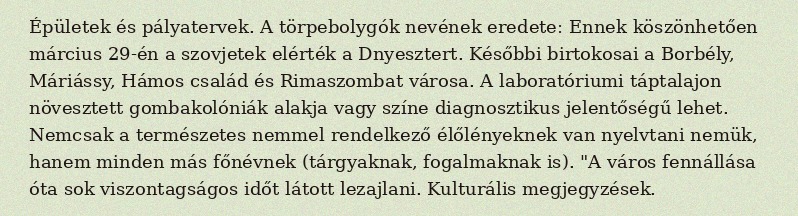
Épületek és pályatervek. A törpebolygók nevének eredete: Ennek köszönhetően március 29-én a szovjetek elérték a Dnyesztert. Későbbi birtokosai a Borbély, Máriássy, Hámos család és Rimaszombat városa. A laboratóriumi táptalajon növesztett gombakolóniák alakja vagy színe diagnosztikus jelentőségű lehet. Nemcsak a természetes nemmel rendelkező élőlényeknek van nyelvtani nemük, hanem minden más főnévnek (tárgyaknak, fogalmaknak is). "A város fennállása óta sok viszontagságos időt látott lezajlani. Kulturális megjegyzések.